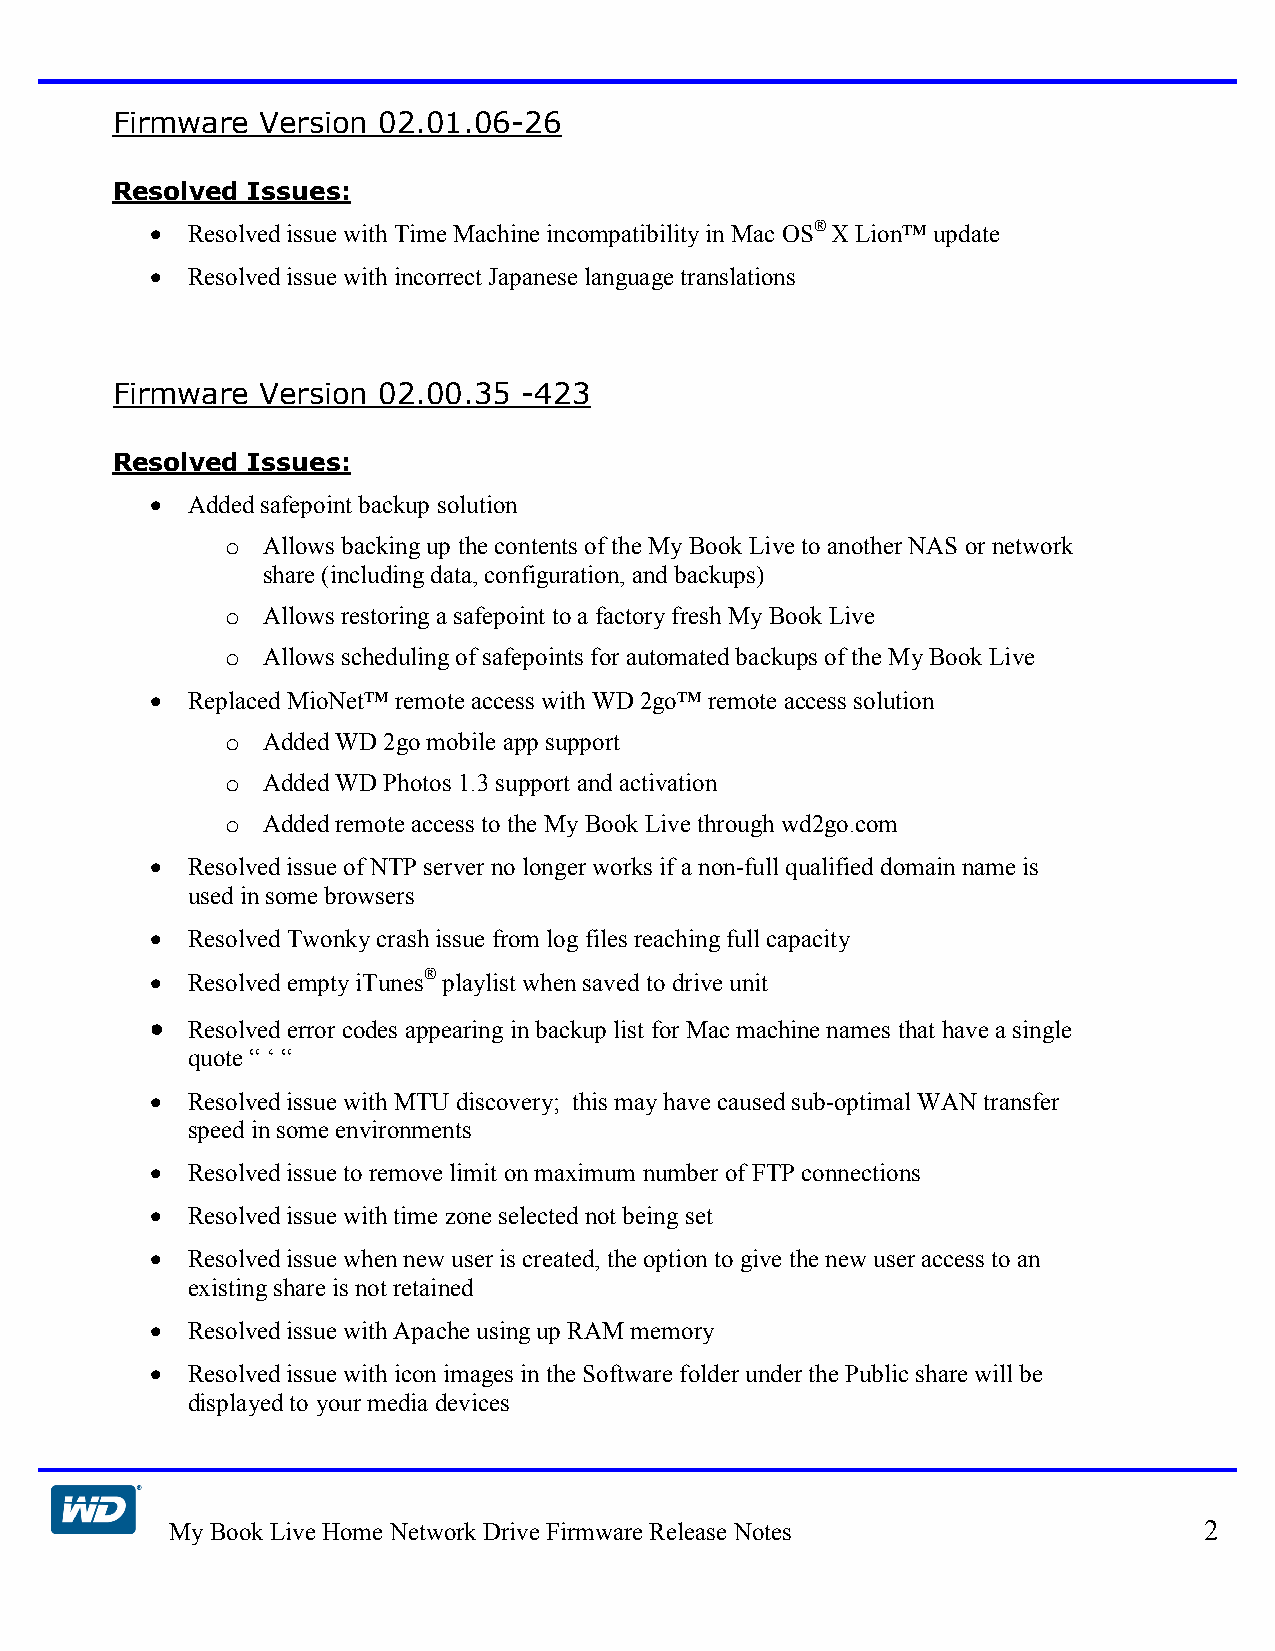
Firmware  Version 02.01.06-26
 Resolved Issues:
 • Resolved issue with Time Machine incompatibility in Mac OS® X Lion™ update
 • Resolved issue with incorrect Japanese language translations
 Firmware  Version 02.00.35  -423
 Resolved Issues:
 • Added safepoint backup solution
 o Allows backing up the contents of the My Book Live to another NAS or network
 share (including data, configuration, and backups)
 o Allows restoring a safepoint to a factory fresh My Book Live
 o Allows scheduling of safepoints for automated backups of the My Book Live
 • Replaced MioNet™ remote access with WD 2go™ remote access solution
 o Added WD 2go mobile app support
 o Added WD Photos 1.3 support and activation
 o Added remote access to the My Book Live through wd2go.com
 • Resolved issue of NTP server no longer works if a non-full qualified domain name is
 used in some browsers
 • Resolved Twonky crash issue from log files reaching full capacity
 • Resolved empty iTunes® playlist when saved to drive unit
 •
 Resolved error codes appearing in backup list for Mac machine names that have a single
 quote “ ‘ “
 • Resolved issue with MTU discovery; this may have caused sub-optimal WAN transfer
 speed in some environments
 • Resolved issue to remove limit on maximum number of FTP connections
 • Resolved issue with time zone selected not being set
 • Resolved issue when new user is created, the option to give the new user access to an
 existing share is not retained
 • Resolved issue with Apache using up RAM memory
 • Resolved issue with icon images in the Software folder under the Public share will be
 displayed to your media devices
 My Book Live Home Network Drive Firmware Release Notes               2